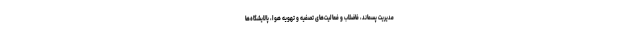
مدیریت پسماند، فاضلاب و فعالیت‌های تصفیه و تهویه هوا، پالایشگاه‌ها